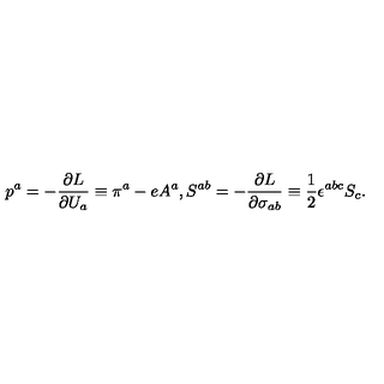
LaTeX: p ^ { a } = - { \frac { \partial L } { \partial U _ { a } } } \equiv \pi ^ { a } - e A ^ { a } , S ^ { a b } = - { \frac { \partial L } { \partial \sigma _ { a b } } } \equiv { \frac { 1 } { 2 } } \epsilon ^ { a b c } S _ { c } .